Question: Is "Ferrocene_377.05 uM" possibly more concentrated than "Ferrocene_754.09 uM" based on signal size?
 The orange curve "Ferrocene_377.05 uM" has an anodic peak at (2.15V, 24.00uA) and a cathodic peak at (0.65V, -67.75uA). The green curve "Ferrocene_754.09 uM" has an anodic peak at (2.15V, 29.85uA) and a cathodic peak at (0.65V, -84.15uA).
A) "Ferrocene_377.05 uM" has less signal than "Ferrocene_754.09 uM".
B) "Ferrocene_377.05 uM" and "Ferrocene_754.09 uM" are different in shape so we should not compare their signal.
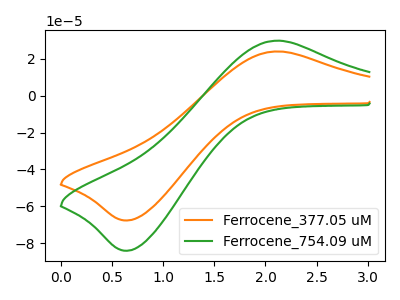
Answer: <think>All the peaks in "Ferrocene_377.05 uM" have a peak in "Ferrocene_754.09 uM" at the same potential. Every peak in "Ferrocene_377.05 uM" is lower than every peak in "Ferrocene_754.09 uM".
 </think>
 <answer>A) "Ferrocene_377.05 uM" has less signal than "Ferrocene_754.09 uM".</answer>
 <eval>A</eval>